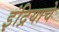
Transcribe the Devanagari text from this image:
इंद्रियाचे